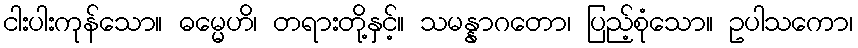
ငါးပါးကုန်သော။ ဓမ္မေဟိ၊ တရားတို့နှင့်။ သမန္နာဂတော၊ ပြည့်စုံသော။ ဥပါသကော၊